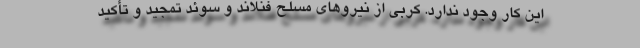
این کار وجود ندارد. کربی از نیروهای مسلح فنلاند و سوئد تمجید و تأکید